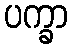
ပက္ခာ